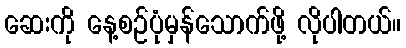
ဆေးကို နေ့စဉ်ပုံမှန်သောက်ဖို့ လိုပါတယ်။